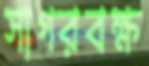
সাগরবক্ষ